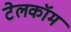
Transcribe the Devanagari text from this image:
टेलकॉम